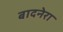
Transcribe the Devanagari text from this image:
बादनेरा